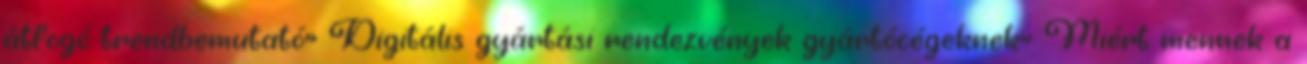
átfogó trendbemutató» Digitális gyártási rendezvények gyártócégeknek» Miért mennek a